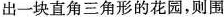
出一块直角三角形的花园，则围